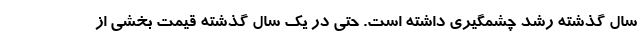
سال گذشته رشد چشمگیری داشته است. حتی در یک سال گذشته قیمت بخشی از